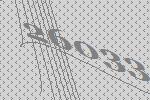
26033